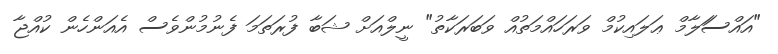
"އައްސަަލާމް ޢަލައިކުމް ވަރަހައްމަތުއް ވަބަރަކާތު" ނީލްއަށް ޝަބާ ފުރަތަމަ ފެނުމުންވެސް އެއަންހެން ކުއްޖާ